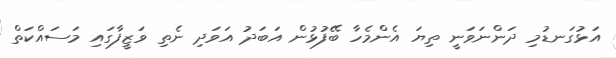
އަޅުގަނޑުމި ދަންނަވަނީ ތިޔަ އެންމެހާ ބޭފުޅުން އަބަދު އަވަދި ނެތި ވަޒީފާގައި މަސައްކަތް